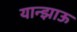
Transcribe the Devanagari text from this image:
यान्झाऊ